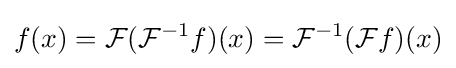
f(x)={\mathcal {F}}({\mathcal {F}}^{-1}f)(x)={\mathcal {F}}^{-1}({\mathcal {F}}f)(x)